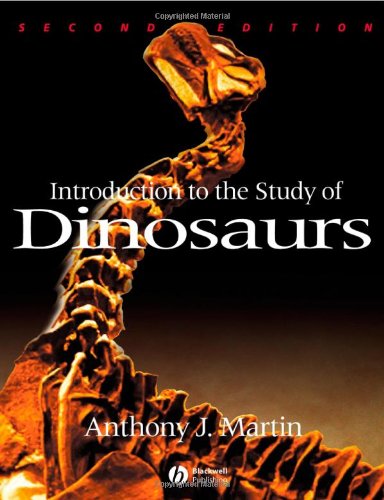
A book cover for Introduction to the Study of Dinosaurs; Anthony J. Martin; Science & Math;